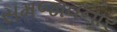
સમજાવનાર